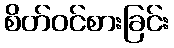
စိတ်ဝင်စားခြင်း